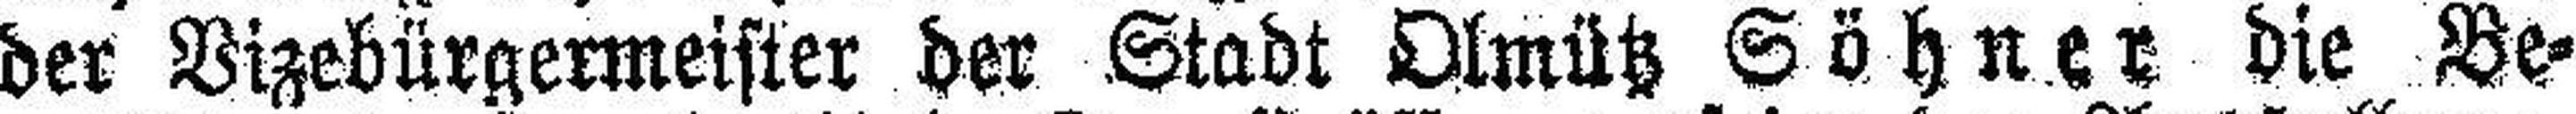
der Vizebürgermeister der Stadt Olmütz Söhner die Be¬